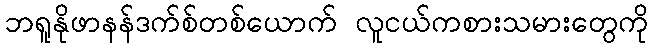
ဘရူနိုဖာနန်ဒက်စ်တစ်ယောက် လူငယ်ကစားသမားတွေကို